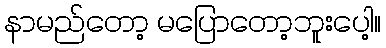
နာမည်တော့ မပြောတော့ဘူးပေါ့။